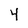
Character: 4